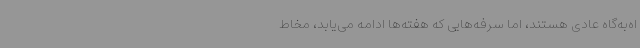
اه‌به‌گاه عادی هستند، اما سرفه‌هایی که هفته‌ها ادامه می‌یابد، مخاط